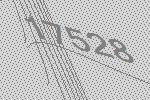
17528